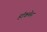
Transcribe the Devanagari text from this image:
हाॅकमेन